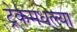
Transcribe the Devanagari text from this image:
ट्रेकमधल्या